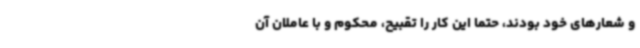
و شعارهای خود بودند، حتما این کار را تقبیح، محکوم و با عاملان آن